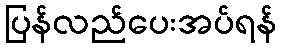
ပြန်လည်ပေးအပ်ရန်